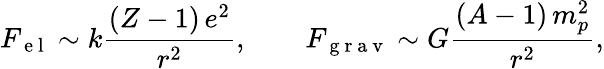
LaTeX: F_{\mathrm{~e~l~}}\sim k\frac{(Z-1)\, e^{2}}{r^{2}},\qquad F_{\mathrm{~g~r~a~v~}}\sim G\frac{(A-1)\, m_{p}^{2}}{r^{2}},